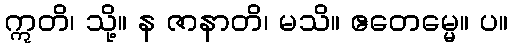
ဣတိ၊ သို့။ န ဇာနာတိ၊ မသိ။ ဧတေမ္မေ။ ပ။